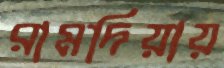
রামদিয়ায়